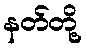
နတ်တို့